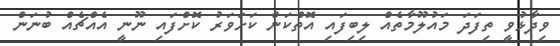
ވިދާޅުވީ ތިފަދަ މައުލޫމާތެއް ލިބިފައި އޮތްކަން ކަށަވަރު ކޮށްފައި ނޫނީ އެއްޗެއް ބުނަން